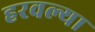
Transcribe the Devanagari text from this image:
हरवल्या